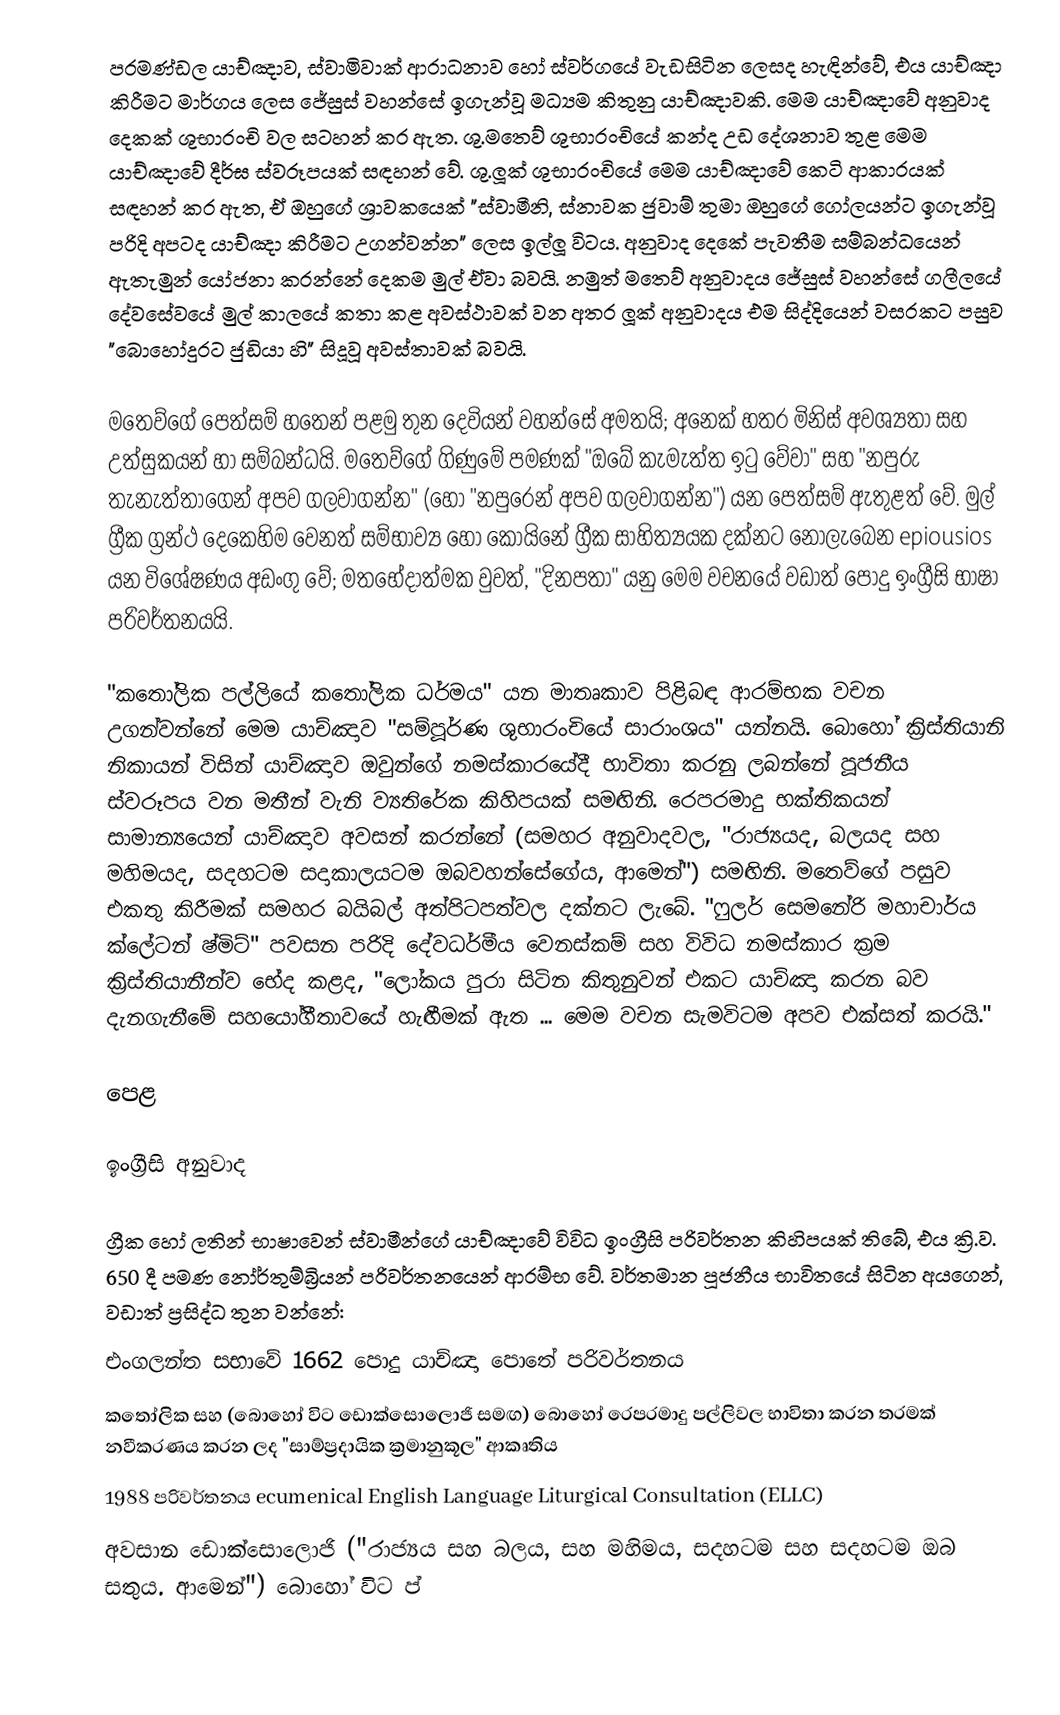
පරමණ්ඩල යාච්ඤාව, ස්වාමිවාක් ආරාධනාව හෝ ස්වර්ගයේ වැඩසිටින ලෙසද හැඳින්වේ, එය යාච්ඤා කිරීමට මාර්ගය ලෙස ජේසුස් වහන්සේ ඉගැන්වූ මධ්‍යම කිතුනු යාච්ඤාවකි. මෙම යාච්ඤාවේ අනුවාද දෙකක් ශුභාරංචි වල සටහන් කර ඇත. ශු.මතෙව් ශුභාරංචියේ කන්ද උඩ දේශනාව තුළ මෙම යාච්ඤාවේ දීර්ඝ ස්වරූපයක් සඳහන් වේ. ශු.ලූක් ශුභාරංචියේ මෙම යාච්ඤාවේ කෙටි ආකාරයක් සඳහන් කර ඇත, ඒ ඔහුගේ ශ්‍රාවකයෙක් "ස්වාමීනි, ස්නාවක ජුවාම් තුමා ඔහුගේ ගෝලයන්ට ඉගැන්වූ පරිදි අපටද යාච්ඤා කිරීමට උගන්වන්න" ලෙස ඉල්ලූ විටය.  අනුවාද දෙකේ පැවතීම සම්බන්ධයෙන් ඇතැමුන් යෝජනා කරන්නේ දෙකම මුල් ඒවා බවයි. නමුත් මතෙව් අනුවාදය ජේසුස් වහන්සේ ගලීලයේ දේවසේවයේ මුල් කාලයේ කතා කළ අවස්ථාවක් වන අතර ලූක් අනුවාදය එම සිද්දියෙන් වසරකට පසුව "බොහෝදුරට ජුඩියා හි" සිදූවූ අවස්තාවක් බවයි.

මතෙව්ගේ පෙත්සම් හතෙන් පළමු තුන දෙවියන් වහන්සේ අමතයි; අනෙක් හතර මිනිස් අවශ්‍යතා සහ උත්සුකයන් හා සම්බන්ධයි. මතෙව්ගේ ගිණුමේ පමණක් "ඔබේ කැමැත්ත ඉටු වේවා" සහ "නපුරු තැනැත්තාගෙන් අපව ගලවාගන්න" (හෝ "නපුරෙන් අපව ගලවාගන්න") යන පෙත්සම් ඇතුළත් වේ. මුල් ග්‍රීක ග්‍රන්ථ දෙකෙහිම වෙනත් සම්භාව්‍ය හෝ කොයිනේ ග්‍රීක සාහිත්‍යයක දක්නට නොලැබෙන epiousios යන විශේෂණය අඩංගු වේ; මතභේදාත්මක වුවත්, "දිනපතා" යනු මෙම වචනයේ වඩාත් පොදු ඉංග්‍රීසි භාෂා පරිවර්තනයයි.

"කතෝලික පල්ලියේ කතෝලික ධර්මය" යන මාතෘකාව පිළිබඳ ආරම්භක වචන උගන්වන්නේ මෙම යාච්ඤාව "සම්පූර්ණ ශුභාරංචියේ සාරාංශය" යන්නයි. බොහෝ ක්‍රිස්තියානි නිකායන් විසින් යාච්ඤාව ඔවුන්ගේ නමස්කාරයේදී භාවිතා කරනු ලබන්නේ පූජනීය ස්වරූපය වන මතීන් වැනි ව්‍යතිරේක කිහිපයක් සමඟිනි. රෙපරමාදු භක්තිකයන් සාමාන්‍යයෙන් යාච්ඤාව අවසන් කරන්නේ (සමහර අනුවාදවල, "රාජ්‍යයද, බලයද සහ මහිමයද, සදහටම සදාකාලයටම ඔබවහන්සේගේය, ආමෙන්") සමඟිනි. මතෙව්ගේ පසුව එකතු කිරීමක් සමහර බයිබල් අත්පිටපත්වල දක්නට ලැබේ. "ෆුලර් සෙමනේරි මහාචාර්ය ක්ලේටන් ෂ්මිට්" පවසන පරිදි දේවධර්මීය වෙනස්කම් සහ විවිධ නමස්කාර ක්‍රම ක්‍රිස්තියානීන්ව භේද කළද, "ලෝකය පුරා සිටින කිතුනුවන් එකට යාච්ඤා කරන බව දැනගැනීමේ සහයෝගීතාවයේ හැඟීමක් ඇත ... මෙම වචන සැමවිටම අපව එක්සත් කරයි."

පෙළ

ඉංග්‍රීසි අනුවාද

ග්‍රීක හෝ ලතින් භාෂාවෙන් ස්වාමීන්ගේ යාච්ඤාවේ විවිධ ඉංග්‍රීසි පරිවර්තන කිහිපයක් තිබේ, එය ක්‍රි.ව. 650 දී පමණ නෝර්තුම්බ්‍රියන් පරිවර්තනයෙන් ආරම්භ වේ. වර්තමාන පූජනීය භාවිතයේ සිටින අයගෙන්, වඩාත් ප්‍රසිද්ධ තුන වන්නේ:
 එංගලන්ත සභාවේ 1662 පොදු යාච්ඤා පොතේ පරිවර්තනය
 කතෝලික සහ (බොහෝ විට ඩොක්සොලොජි සමඟ) බොහෝ රෙපරමාදු පල්ලිවල භාවිතා කරන තරමක් නවීකරණය කරන ලද "සාම්ප්‍රදායික ක්‍රමානුකූල" ආකෘතිය
 1988 පරිවර්තනය ecumenical English Language Liturgical Consultation (ELLC)
අවසාන ඩොක්සොලොජි ("රාජ්‍යය සහ බලය, සහ මහිමය, සදහටම සහ සදහටම ඔබ සතුය. ආමෙන්") බොහෝ විට ප්